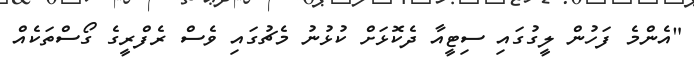
"އެންމެ ފަހުން ލީގުގައި ސިޓީއާ ދެކޮޅަށް ކުޅުނު މެޗުގައި ވެސް ރެފްރީގެ ގޯސްތަކެއް